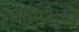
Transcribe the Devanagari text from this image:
तोफांमुळे